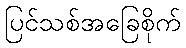
ပြင်သစ်အခြေစိုက်